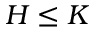
H \leq K